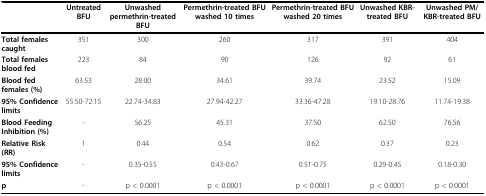
|  | Untreated BFU | Unwashed permethrin-treated BFU | Permethrin-treated BFU washed 10 times | Permethrin-treated BFU washed 20 times | Unwashed KBR-treated BFU | Unwashed PM/KBR-treated BFU |
 | --- | --- | --- | --- | --- | --- | --- |
 | Total females caught | 351 | 300 | 260 | 317 | 391 | 404 |
 | Total females blood fed | 223 | 84 | 90 | 126 | 92 | 61 |
 | Blood fed females (%) | 63.53 | 28.00 | 34.61 | 39.74 | 23.52 | 15.09 |
 | 95% Confidence limits | 55.50-72.15 | 22.74-34.83 | 27.94-42.27 | 33.36-47.28 | 19.10-28.76 | 11.74-19.38 |
 | Blood Feeding Inhibition (%) | - | 56.25 | 45.31 | 37.50 | 62.50 | 76.56 |
 | Relative Risk (RR) | 1 | 0.44 | 0.54 | 0.62 | 0.37 | 0.23 |
 | 95% Confidence limits | - | 0.35-0.55 | 0.43-0.67 | 0.51-0.75 | 0.29-0.45 | 0.18-0.30 |
 | p | - | p < 0.0001 | p < 0.0001 | p < 0.0001 | p < 0.0001 | p < 0.0001 |